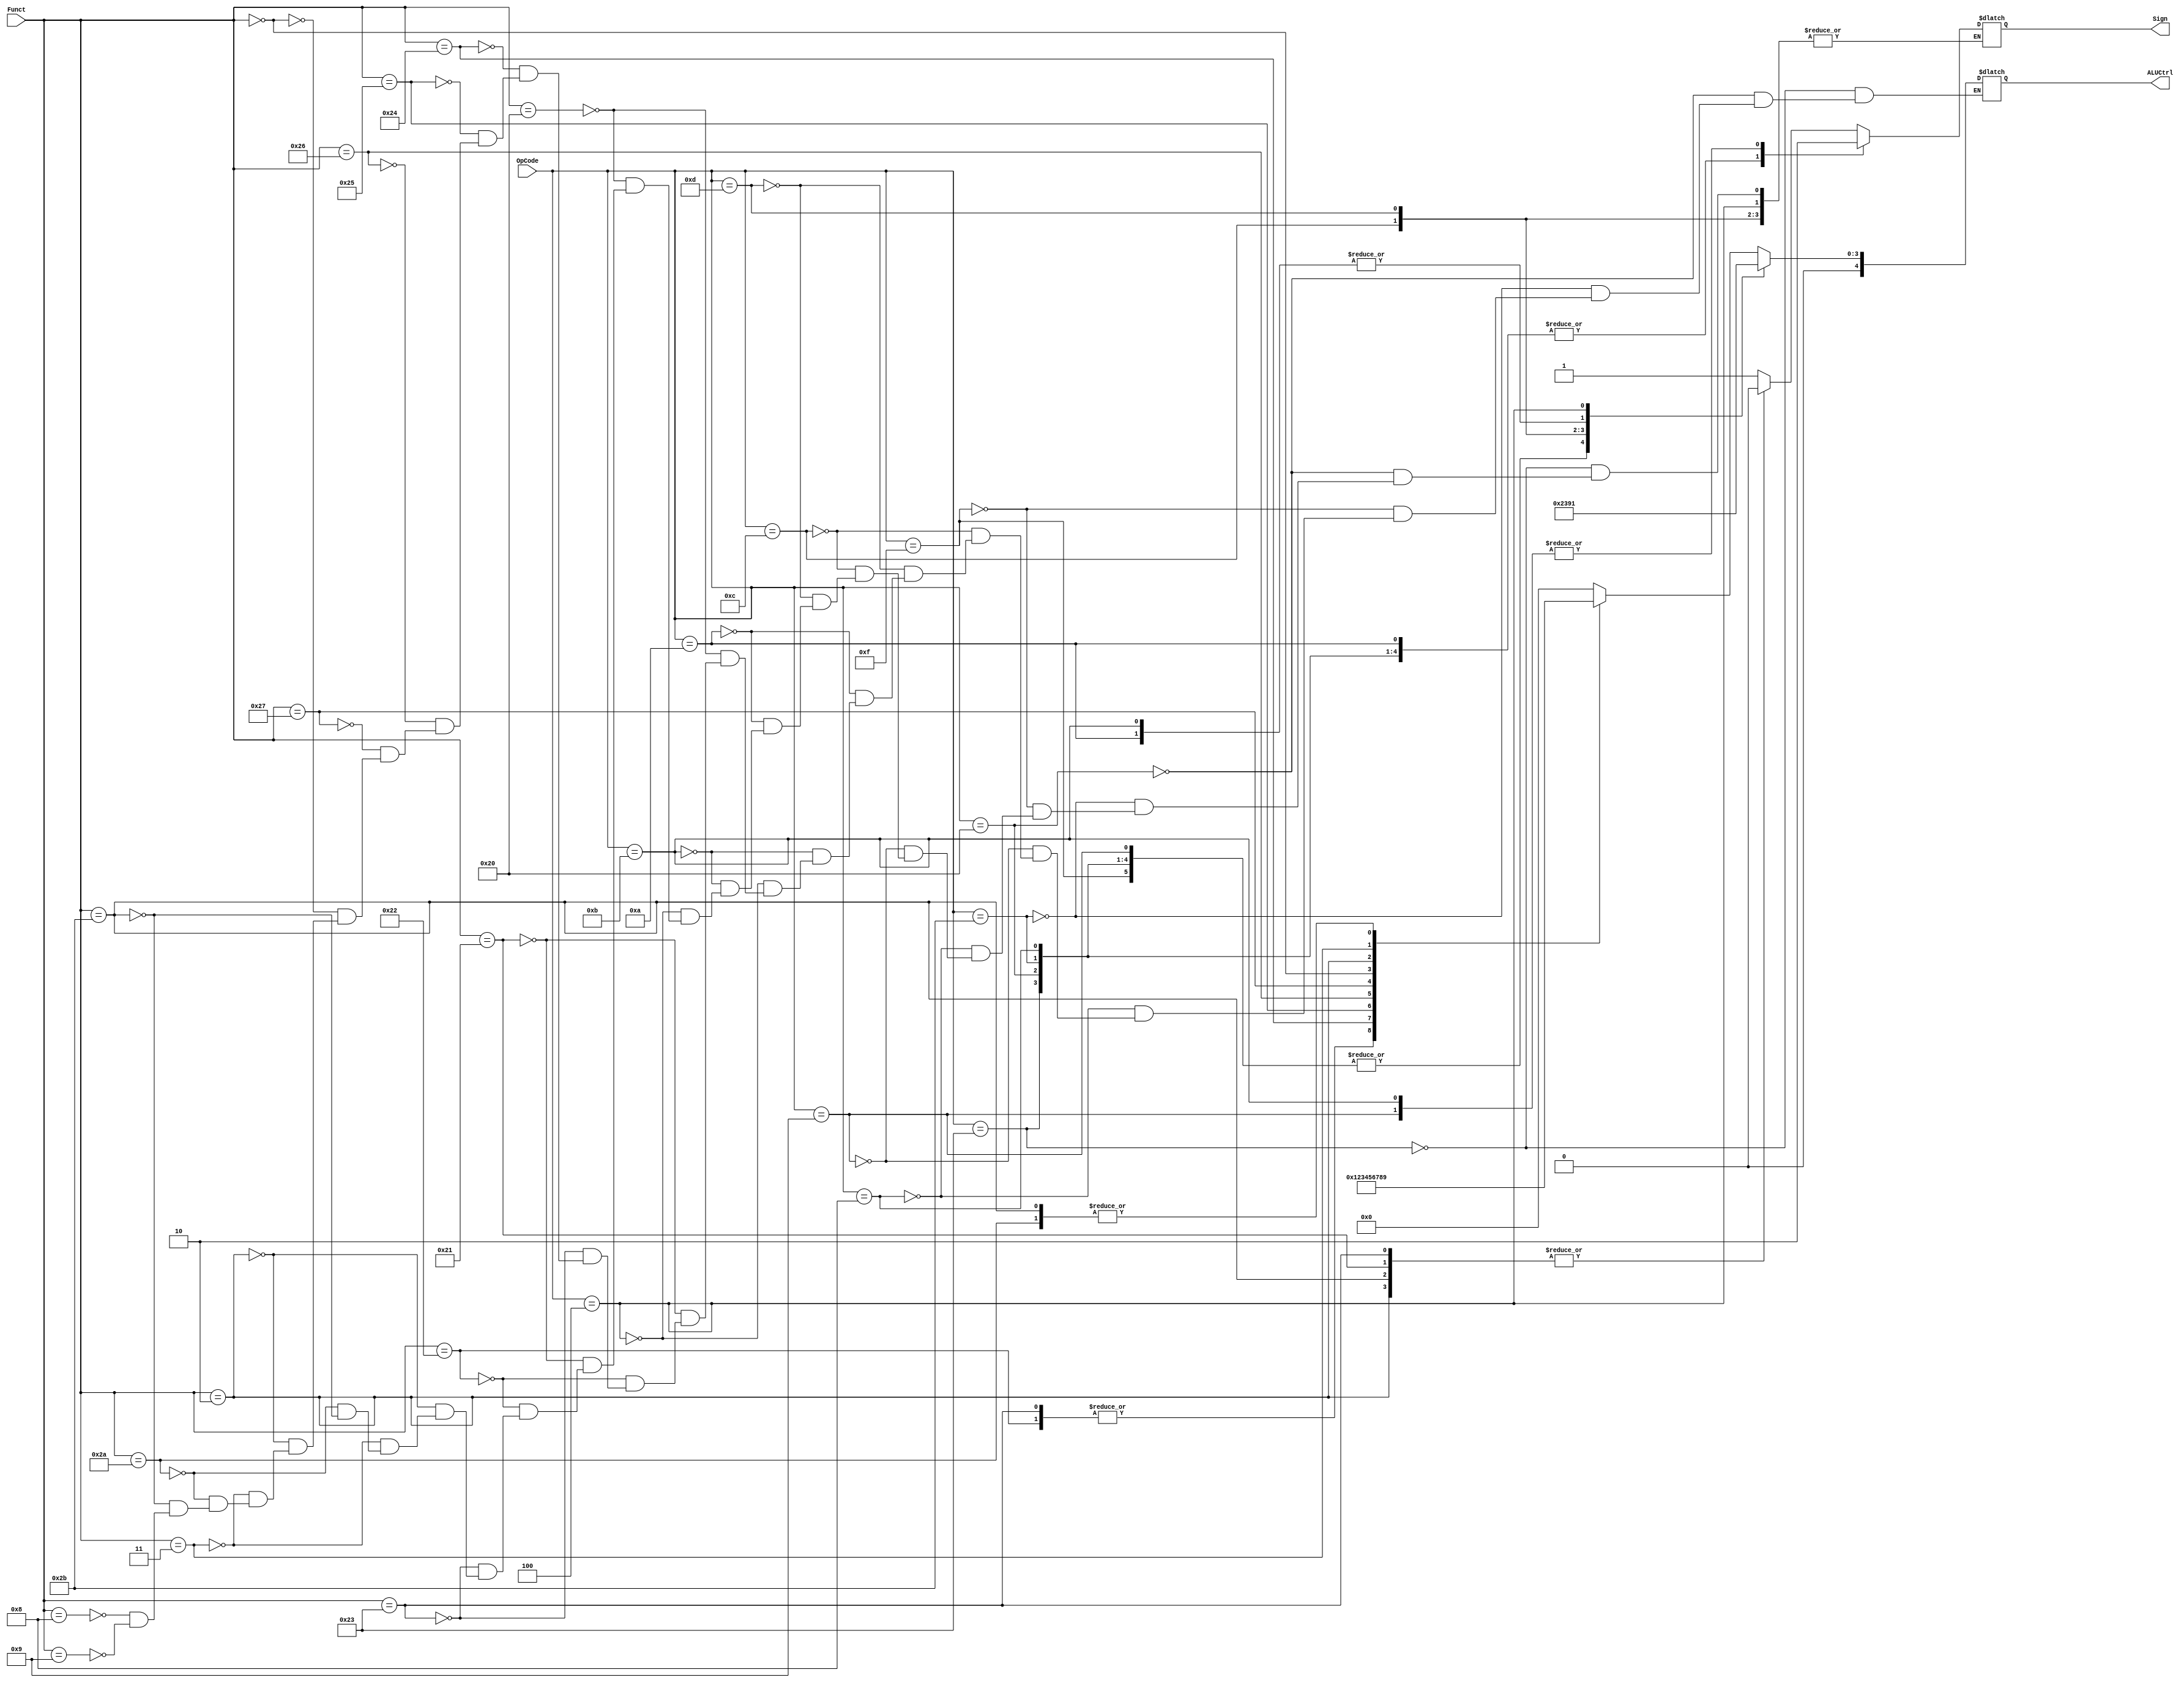
`timescale 1ns / 1ps
module ALUControl (
    input wire [5:0]OpCode,
    input wire [5:0]Funct,
    output reg [4:0]ALUCtrl,
    output reg Sign
);

parameter ADD = 5'h0;
parameter SUB = 5'h1;
parameter AND = 5'h2;
parameter OR = 5'h3;
parameter XOR = 5'h4;
parameter NOR = 5'h5;
parameter SLL = 5'h6;
parameter SRL = 5'h7;
parameter SRA = 5'h8;
parameter SLT = 5'h9;

always @(*) begin
    case(OpCode)
    6'h23: begin
        ALUCtrl <= ADD;  // lw
        Sign <= 1;
    end
    6'h20: begin
        ALUCtrl <= ADD;  // load byte(lb)
        Sign <= 1;
    end
    6'h2b: begin
        ALUCtrl <= ADD;  // sw
        Sign <= 1;
    end
    6'h0f: begin
        ALUCtrl <= ADD; // lui
        Sign <= Sign; //don't care
    end
    6'h08: begin
        ALUCtrl <= ADD; //addi
        Sign <= 1;
    end
    6'h09: begin
        ALUCtrl <= ADD; //addiu
        Sign <= 0;
    end
    6'h0c: begin
        ALUCtrl <= AND; //andi
        Sign <= Sign;
    end
    6'h0d: begin
        ALUCtrl <= OR; //ori
        Sign <= Sign;
    end
    6'h0a: begin
        ALUCtrl <= SLT; //slti
        Sign <= 1;
    end
    6'h0b: begin
        ALUCtrl <= SLT; //sltiu
        Sign <= 0;
    end
    6'h04: begin
        ALUCtrl <= SUB; // beq
        Sign <= Sign; //don't care
    end
    default: begin // Opcode = 0
        case(Funct)
        6'h20: begin
            ALUCtrl <= ADD;
            Sign <= 1;
        end
        6'h21: begin
            ALUCtrl <= ADD;
            Sign <= 0;
        end
        6'h22: begin
            ALUCtrl <= SUB;
            Sign <= 1;
        end
        6'h23: begin
            ALUCtrl <= SUB;
            Sign <= 0;
        end
        6'h24: begin
            ALUCtrl <= AND;
            Sign <= Sign;
        end
        6'h25: begin
            ALUCtrl <= OR;
            Sign <= Sign;
        end
        6'h26: begin
            ALUCtrl <= XOR;
            Sign <= Sign;
        end
        6'h27: begin
            ALUCtrl <= NOR;
            Sign <= Sign;
        end
        6'h00: begin
            ALUCtrl <= SLL;
            Sign <= Sign;
        end
        6'h02: begin
            ALUCtrl <= SRL;
            Sign <= 0;
        end
        6'h03: begin
            ALUCtrl <= SRA;
            Sign <= 1;
        end
        6'h2a: begin
            ALUCtrl <= SLT;
            Sign <= 1;
        end
        6'h2b: begin
            ALUCtrl <= SLT;
            Sign <= 0;
        end
        6'h08: begin
            ALUCtrl <= ADD;  // jr
            Sign <= Sign;
        end
        6'h09: begin
            ALUCtrl <= ADD;  // jalr
            Sign <= Sign;
        end
        default: begin
            ALUCtrl <= ALUCtrl;
            Sign <= Sign;
        end
        endcase
    end
    endcase    
end
    
endmodule